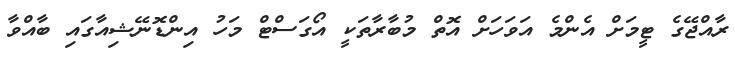
ރާއްޖޭގެ ޓީމަށް އެންމެ އަވަހަށް އޮތް މުބާރާތަކީ އޯގަސްޓް މަހު އިންޑޮނޭޝިއާގައި ބާއްވާ